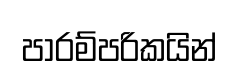
පාරම්පරිකයින්